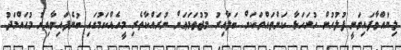
ލިޔުއްވާފައިވަނީ ފުލުހުން ހުށަހަޅާ ކަންތައްތަކަށް ބަލާއިރު މުޖުތަމަޢަށް ނުރައްކާތެރި މީހެއްކަމުގައި ބުނެފައިވާއިރު މުޙައްމަދު